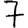
Digit: 7